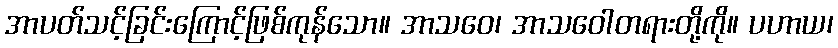
အာပတ်သင့်ခြင်းကြောင့်ဖြစ်ကုန်သော။ အာသဝေ၊ အာသဝေါတရားတို့ကို။ ပဟာယ၊